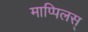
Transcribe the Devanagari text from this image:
माप्पिलस्